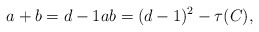
\begin{align*} a+b=d-1 ab=(d-1)^2-\tau(C),\end{align*}